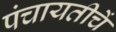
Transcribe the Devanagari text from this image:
पंचायतीचें